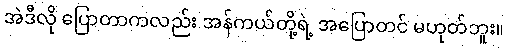
အဲဒီလို ပြောတာကလည်း အန်ကယ်တို့ရဲ့ အပြောတင် မဟုတ်ဘူး။